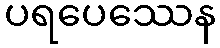
ပရပေဿေန